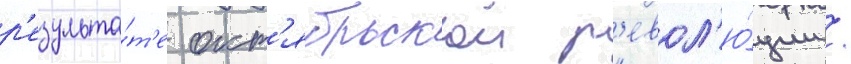
р'езульта́т'е окт'ябрьскои р'евол'ю́ции /